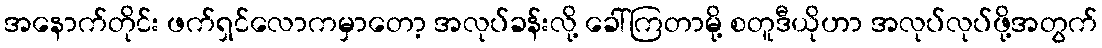
အနောက်တိုင်း ဖက်ရှင်လောကမှာတော့ အလုပ်ခန်းလို့ ခေါ်ကြတာမို့ စတူဒီယိုဟာ အလုပ်လုပ်ဖို့အတွက်